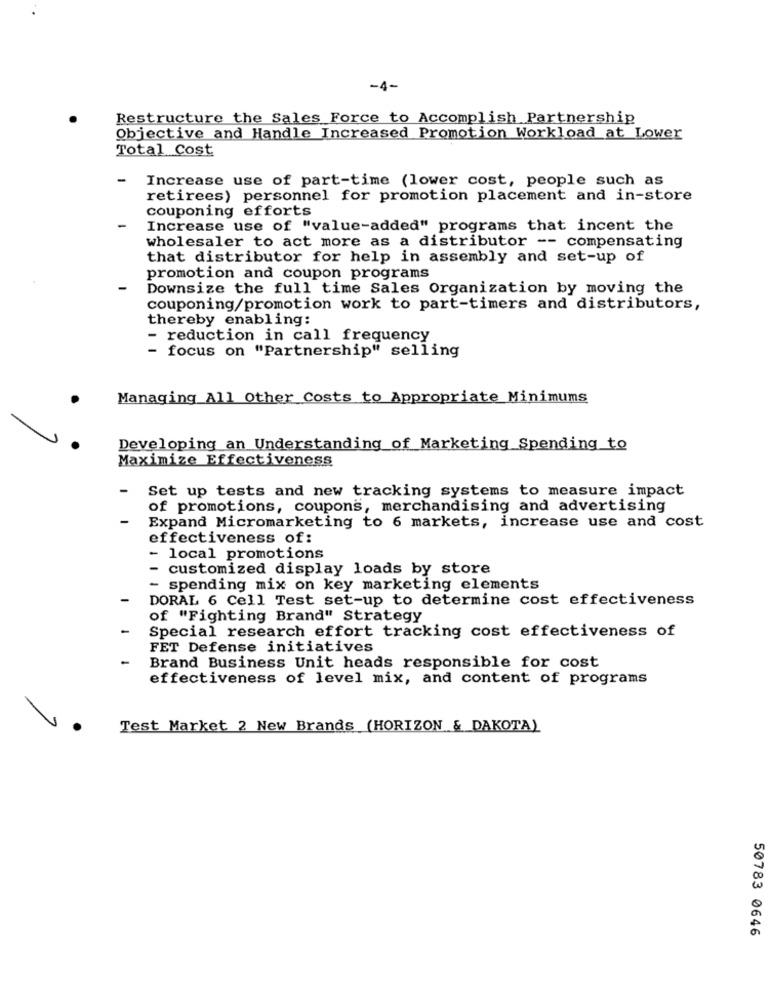
-4-
Restructure the Sales Force to Accomplish Partnership
Objective and Handle Increased Promotion Workload at Lower
Total Cost
-
Increase use of part-time (lower cost, people such as
retirees) personnel for promotion placement and in-store
couponing efforts
Increase use of "value-added" programs that incent the
wholesaler to act more as a distributor -- compensating
that distributor for help in assembly and set-up of
promotion and coupon programs
Downsize the full time Sales Organization by moving the
couponing/promotion work to part-timers and distributors,
thereby enabling:
- reduction in call frequency
focus on "Partnership" selling
Managing All Other Costs to Appropriate Minimums
Developing an Understanding of Marketing Spending to
Maximize Effectiveness
Set up tests and new tracking systems to measure impact
of promotions, coupons, merchandising and advertising
Expand Micromarketing to 6 markets, increase use and cost
effectiveness of:
local promotions
customized display loads by store
- spending mix on key marketing elements
DORAL 6 Cell Test set-up to determine cost effectiveness
of "Fighting Brand" Strategy
Special research effort tracking cost effectiveness of
FET Defense initiatives
Brand Business Unit heads responsible for cost
effectiveness of level mix, and content of programs
Test Market 2 New Brands (HORIZON & DAKOTA)
50783 0646